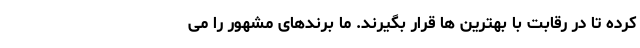
کرده تا در رقابت با بهترین ها قرار بگیرند. ما برندهای مشهور را می